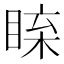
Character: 𥇱